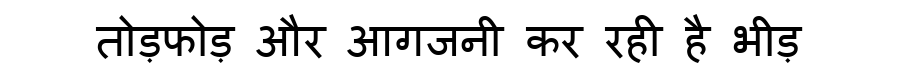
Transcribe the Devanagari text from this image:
तोड़फोड़ और आगजनी कर रही है भीड़